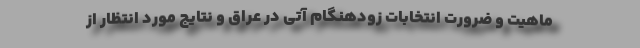
ماهیت و ضرورت انتخابات زودهنگام آتی در عراق و نتایج مورد انتظار از